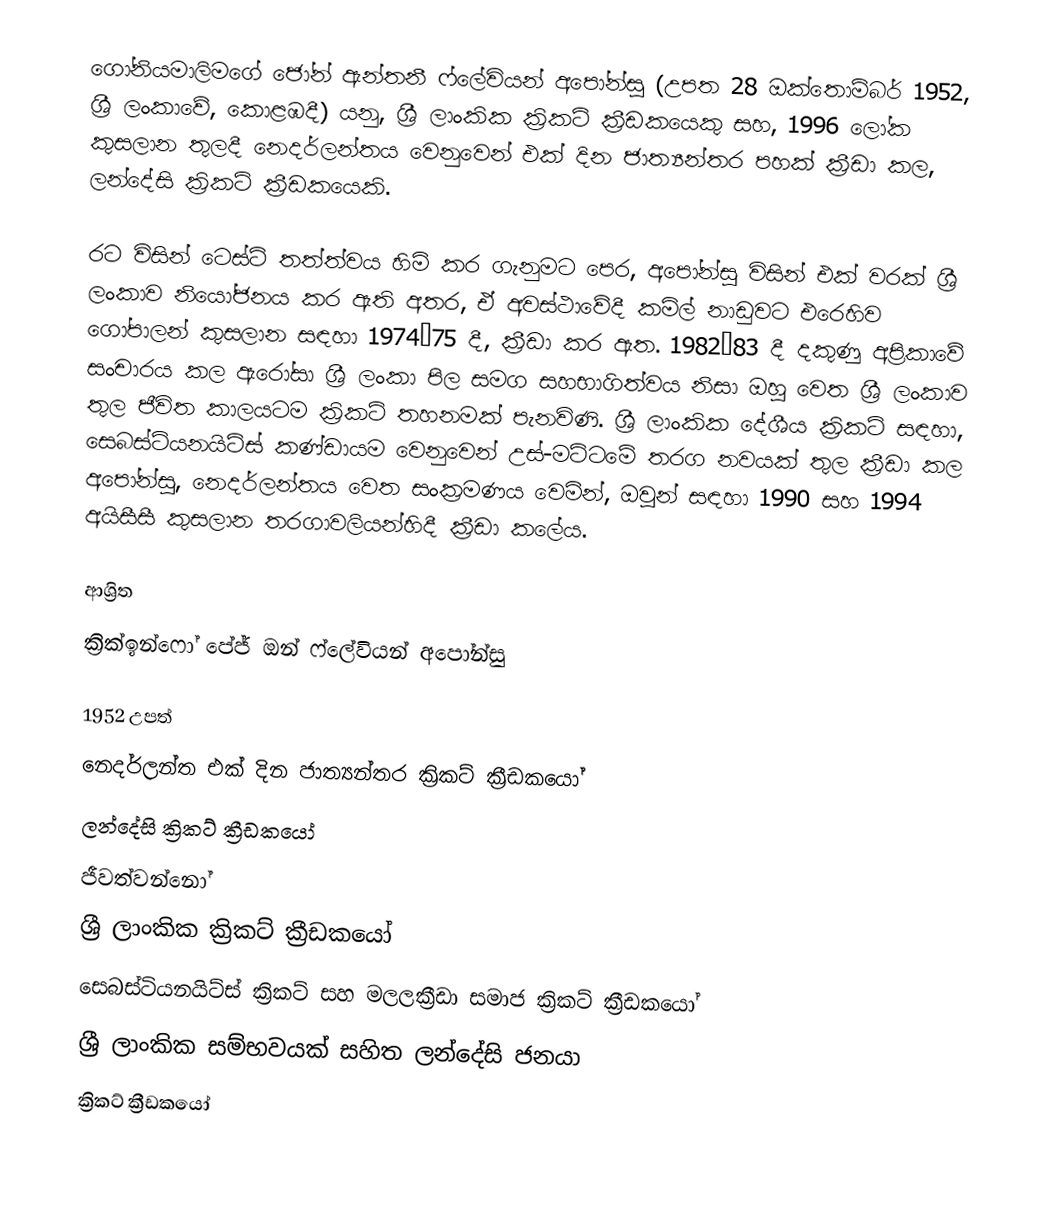
ගෝනියමාලිමගේ ජෝන් ඇන්තනී ෆ්ලේවියන් අපෝන්සු (උපත 28 ඔක්තොම්බර් 1952, ශ්‍රී ලංකාවේ, කොළඹදී) යනු,  ශ්‍රී ලාංකික ක්‍රිකට් ක්‍රීඩකයෙකු සහ, 1996 ලෝක කුසලාන තුලදී නෙදර්ලන්තය වෙනුවෙන් එක් දින ජාත්‍යන්තර පහක් ක්‍රීඩා කල, ලන්දේසි ක්‍රිකට් ක්‍රීඩකයෙකි.

රට විසින් ටෙස්ට් තත්ත්වය හිමි කර ගැනුමට පෙර, අපෝන්සු විසින් එක් වරක් ශ්‍රී ලංකාව නියෝජනය කර ඇති අතර, ඒ අවස්ථාවේදී  කමිල් නාඩුවට එරෙහිව ගෝපාලන් කුසලාන සඳහා 1974–75 දී, ක්‍රීඩා කර ඇත. 1982–83 දී දකුණු අප්‍රිකාවේ සංචාරය කල ඇරෝසා ශ්‍රී ලංකා පිල සමග සහභාගිත්වය නිසා ඔහු වෙත ශ්‍රී ලංකාව තුල ජීවිත කාලයටම ක්‍රිකට් තහනමක් පැනවිණි. ශ්‍රී ලාංකික දේශීය ක්‍රිකට් සඳහා, සෙබස්ටියනයිට්ස් කණ්ඩායම වෙනුවෙන් උස්-මට්ටමේ තරග නවයක් තුල ක්‍රීඩා කල අපෝන්සු, නෙදර්ලන්තය වෙත සංක්‍රමණය වෙමින්, ඔවුන් සඳහා  1990 සහ 1994 අයිසීසී කුසලාන තරගාවලියන්හිදී ක්‍රීඩා කලේය.

ආශ්‍රිත
 ක්‍රික්ඉන්ෆෝ පේජ් ඔන් ෆ්ලේවියන් අපෝන්සු

1952 උපත්
නෙදර්ලන්ත එක් දින ජාත්‍යන්තර ක්‍රිකට් ක්‍රීඩකයෝ
ලන්දේසි ක්‍රිකට් ක්‍රීඩකයෝ
ජීවත්වන්නෝ
ශ්‍රී ලාංකික ක්‍රිකට් ක්‍රීඩකයෝ
සෙබස්ටියනයිට්ස් ක්‍රිකට් සහ මලලක්‍රීඩා සමාජ ක්‍රිකට් ක්‍රීඩකයෝ
ශ්‍රී ලාංකික සම්භවයක් සහිත ලන්දේසි ජනයා
ක්‍රිකට් ක්‍රීඩකයෝ